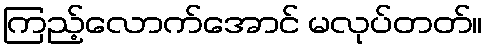
ကြည့်လောက်အောင် မလုပ်တတ်။